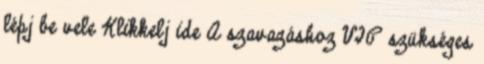
lépj be vele Klikkelj ide A szavazáshoz VIP szükséges